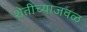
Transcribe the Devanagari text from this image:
शेतीच्याजवळ